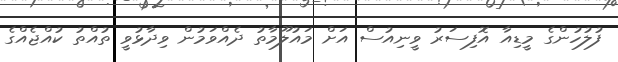
ފުލުހުންގެ މީޑިއާ އޮފިސަރު ވީނިއުސް އަށް މައުލޫމާތު ދެއްވަމުން ވިދާޅުވީ ތުއްތު ކުއްޖެއްގެ